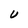
Character: U